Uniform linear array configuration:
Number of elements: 24
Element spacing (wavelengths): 0.25
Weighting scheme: uniform
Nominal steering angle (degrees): -60
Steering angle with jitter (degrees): -58.091
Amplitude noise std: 0.05
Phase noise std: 0.05

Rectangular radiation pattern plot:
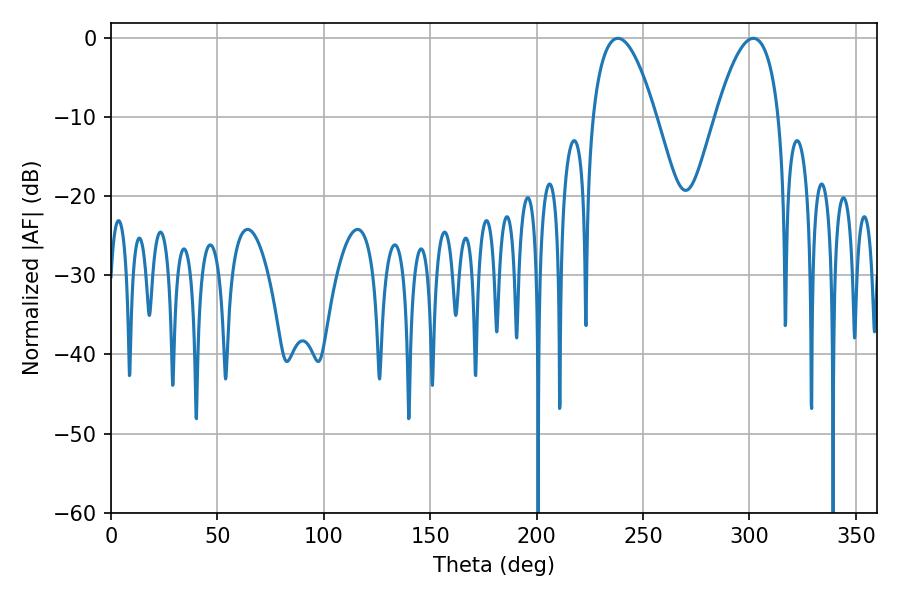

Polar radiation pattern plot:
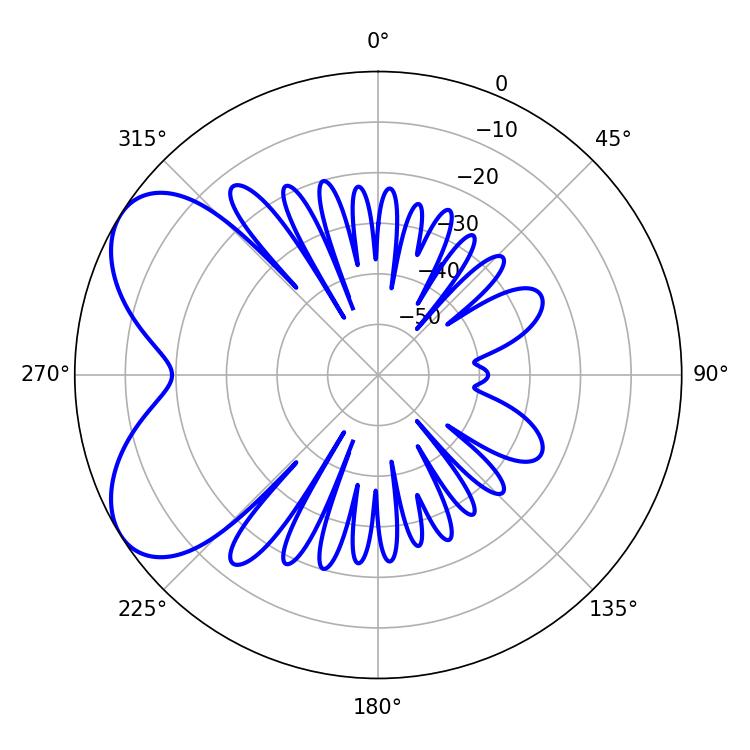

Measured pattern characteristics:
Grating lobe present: FALSE
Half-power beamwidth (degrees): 16.38
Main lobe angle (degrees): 238.14